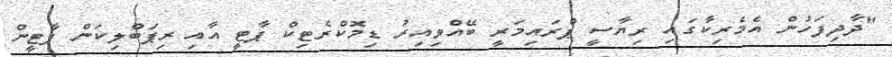
"ދާދިފަހުން އެމެރިކާގައި ރިޔާސީ ޕްރައިމަރީ ބޭއްވިއިރު ޑިމޮކްރެޓިކް ޕާޓީ އާއި ރިޕަބްލިކަން ޕާޓީން